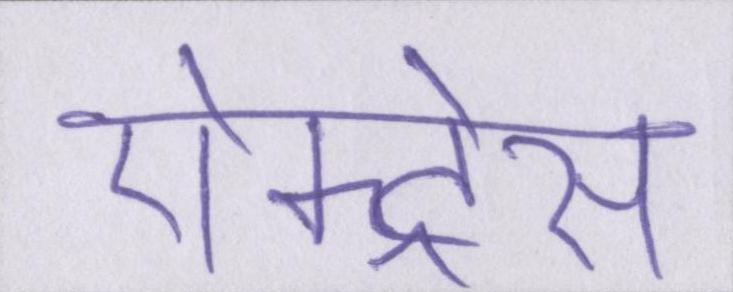
ऐक्ट्रेस